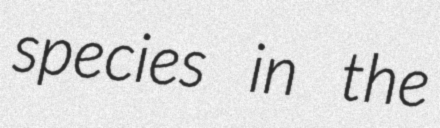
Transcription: species in the